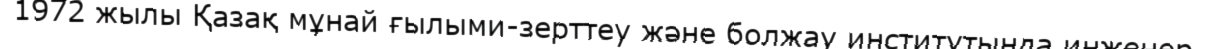
1972 жылы Қазақ мұнай ғылыми-зерттеу және болжау институтында инженер